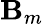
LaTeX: \mathbf{B}_{m}